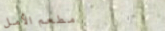
مطعم الأمل